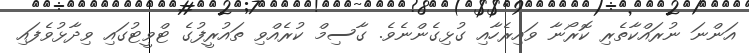
އަންނަ ނުރައްކާތެރި ކޮރޯނާ ވައިރެހާއި ގުޅިގެންނެވެ. ގާސިމް ކުރެއްވި ތައުރީފުގެ ޓްވީޓުގައި ވިދާޅުވެފައި